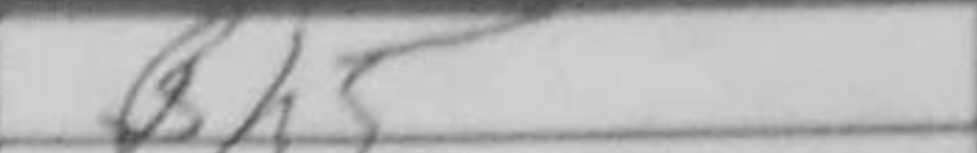
Transcription: Bh5